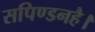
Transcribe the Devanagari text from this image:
सपिण्डनहै।